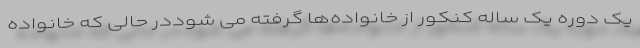
یک دوره یک ساله کنکور از خانواده‌ها گرفته می شوددر حالی که خانواده